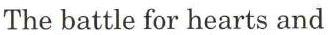
The battle for hearts and